King Institute of Preventive Medicine Bacteriolog. Section reports 1907-08
Year: 1907
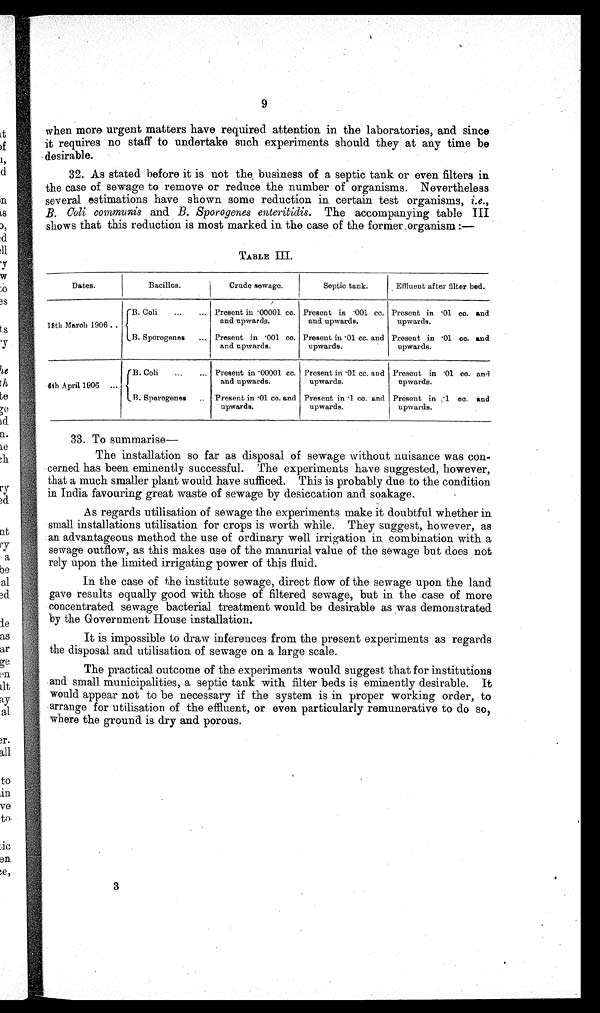
9
when more urgent matters have required attention in the laboratories, and since
it requires no staff to undertake such experiments should they at any time be
desirable.
32. As stated before it is not the business of a septic tank or even filters in
the case of sewage to remove or reduce the number of organisms. Nevertheless
several estimations have shown some reduction in certain test organisms, i.e. ,
B. Coli communis and B. Sporogenes enteritidis. The accompanying table III
shows that this reduction is most marked in the case of the former organism:—
TABLE III.
Dates.
Bacillus.
Crude sewage.
Septic tank.
Effluent after filter bed.
18th March 1906
B. Coli ... ...
Present in .00001 cc.
and upwards.
Present in .001 cc.
and upwards.
Present in .01 cc. and
upwards.
B. Sporogenes ...
Present in .001 cc.
and upwards.
Present in .01 cc. and
upwards.
Present in .01 cc. and
upwards.
6th April 1906
B. Coli ... ...
Present in .00001 cc.
and upwards.
Present in .01 cc. and
upwards.
Present in .01 cc. and
upwards.
B. Sporogenes ..
Present in .01 cc. and
upwards.
Present in .1 cc. and
upwards.
Present in .1 cc. and
upwards.
33. To summarise—
The installation so far as disposal of sewage without nuisance was con-
cerned has been eminently successful. The experiments have suggested, however,
that a much smaller plant would have sufficed. This is probably due to the condition
in India favouring great waste of sewage by desiccation and soakage.
As regards utilisation of sewage the experiments make it doubtful whether in
small installations utilisation for crops is worth while. They suggest, however, as
an advantageous method the use of ordinary well irrigation in combination with a
sewage outflow, as this makes use of the manurial value of the sewage but does not
rely upon the limited irrigating power of this fluid.
In the case of the institute sewage, direct flow of the sewage upon the land
gave results equally good with those of filtered sewage, but in the case of more
concentrated sewage bacterial treatment would be desirable as was demonstrated
by the Government House installation.
It is impossible to draw inferences from the present experiments as regards
the disposal and utilisation of sewage on a large scale.
The practical outcome of the experiments would suggest that for institutions
and small municipalities, a septic tank with filter beds is eminently desirable. It
would appear not to be necessary if the system is in proper working order, to
arrange for utilisation of the effluent, or even particularly remunerative to do so,
where the ground is dry and porous.
3